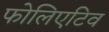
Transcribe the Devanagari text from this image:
फोलिएटिव